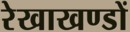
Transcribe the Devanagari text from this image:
रेखाखण्डों